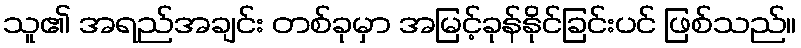
သူ၏ အရည်အချင်း တစ်ခုမှာ အမြင့်ခုန်နိုင်ခြင်းပင် ဖြစ်သည်။